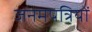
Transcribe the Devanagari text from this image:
जनमपत्रियों